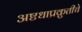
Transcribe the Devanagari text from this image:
अष्टधाप्रक्रुतीचे